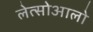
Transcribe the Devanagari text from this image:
लेत्सोआलो